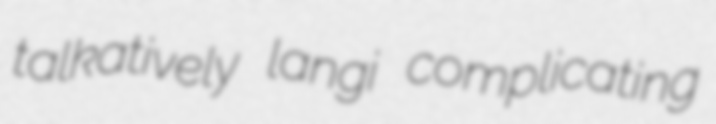
talkatively langi complicating